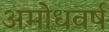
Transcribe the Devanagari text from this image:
अमोधवर्ष